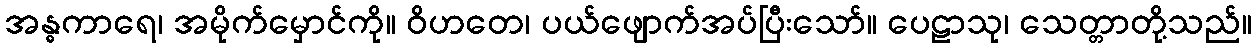
အန္ဓကာရေ၊ အမိုက်မှောင်ကို။ ဝိဟတေ၊ ပယ်ဖျောက်အပ်ပြီးသော်။ ပေဠာသု၊ သေတ္တာတို့သည်။